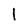
Character: 1